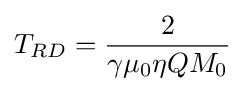
T_{RD}={\frac {2}{\gamma \mu _{0}\eta QM_{0}}}